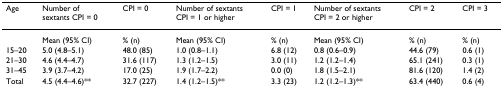
<table><thead><tr><td><b>Age</b></td><td><b>Number ofsextants CPI = 0</b></td><td><b>CPI = 0</b></td><td><b>Number of sextantsCPI = 1 or higher</b></td><td><b>CPI = 1</b></td><td><b>Number of sextantsCPI = 2 or higher</b></td><td><b>CPI = 2</b></td><td><b>CPI = 3</b></td></tr></thead><tbody><tr><td></td><td>Mean (95% CI)</td><td>% (n)</td><td>Mean (95% CI)</td><td>% (n)</td><td>Mean (95% CI)</td><td>% (n)</td><td>% (n)</td></tr><tr><td>15–20</td><td>5.0 (4.8–5.1)</td><td>48.0 (85)</td><td>1.0 (0.8–1.1)</td><td>6.8 (12)</td><td>0.8 (0.6–0.9)</td><td>44.6 (79)</td><td>0.6 (1)</td></tr><tr><td>21–30</td><td>4.6 (4.4–4.7)</td><td>31.6 (117)</td><td>1.3 (1.2–1.5)</td><td>3.0 (11)</td><td>1.2 (1.2–1.4)</td><td>65.1 (241)</td><td>0.3 (1)</td></tr><tr><td>31–45</td><td>3.9 (3.7–4.2)</td><td>17.0 (25)</td><td>1.9 (1.7–2.2)</td><td>0.0 (0)</td><td>1.8 (1.5–2.1)</td><td>81.6 (120)</td><td>1.4 (2)</td></tr><tr><td>Total</td><td>4.5 (4.4–4.6)**</td><td>32.7 (227)</td><td>1.4 (1.2–1.5)**</td><td>3.3 (23)</td><td>1.2 (1.2–1.3)**</td><td>63.4 (440)</td><td>0.6 (4)</td></tr></tbody></table>